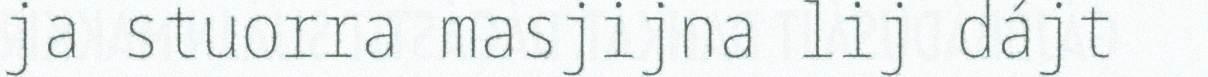
ja stuorra masjijna lij dájt